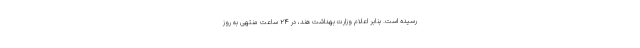
رسیده است. بنابر اعلام وزارت بهداشت هند، در ۲۴ ساعت منتهی به روز